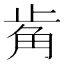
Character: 𧣆